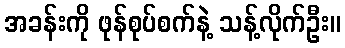
အခန်းကို ဖုန်စုပ်စက်နဲ့ သန့်လိုက်ဦး။